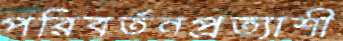
পরিবর্তনপ্রত্যাশী